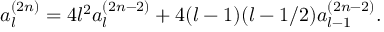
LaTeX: a _ { l } ^ { ( 2 n ) } = 4 l ^ { 2 } a _ { l } ^ { ( 2 n - 2 ) } + 4 ( l - 1 ) ( l - 1 / 2 ) a _ { l - 1 } ^ { ( 2 n - 2 ) } .